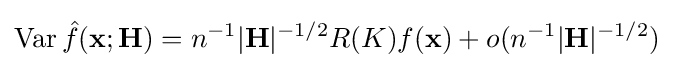
\operatorname {Var} {\hat {f}}(\mathbf {x} ;\mathbf {H} )=n^{-1}|\mathbf {H} |^{-1/2}R(K)f(\mathbf {x} )+o(n^{-1}|\mathbf {H} |^{-1/2})